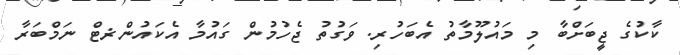
ކާކުގެ ޖީބަށްބާ މި މައުލޫމާތު އެބަހުރި. ވަގުތު ޖެހުމުން ގައުމާ އެކައުންޜޓް ނަމްބަރާ